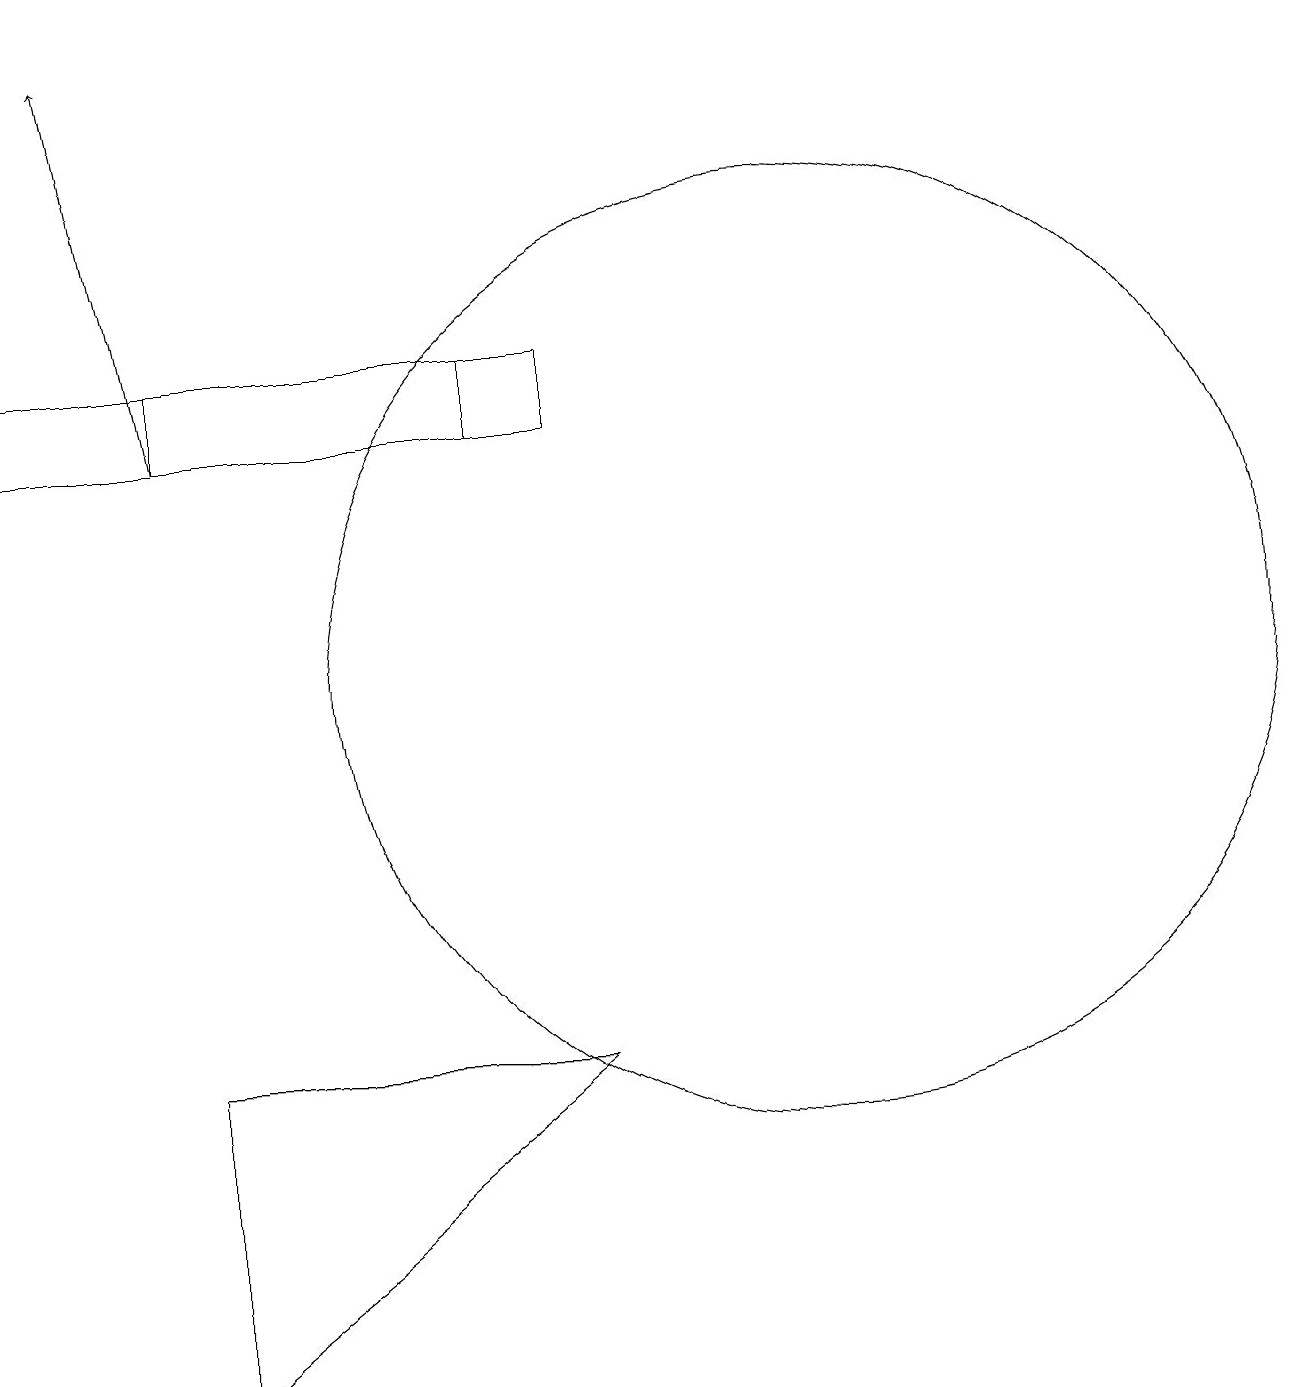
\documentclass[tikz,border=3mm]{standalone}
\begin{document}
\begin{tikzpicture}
\draw[->] (4,14) -- (3,19);
\draw (2,15) rectangle (9,14);
\draw (9,6) -- (4,6) -- (4,2) -- cycle;
\draw (12,11) circle (6);
\draw (4,14) rectangle (8,15);
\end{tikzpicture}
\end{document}